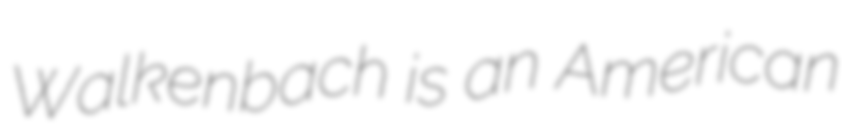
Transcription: Walkenbach is an American